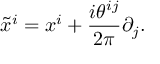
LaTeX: \tilde { x } ^ { i } = x ^ { i } + \frac { i \theta ^ { i j } } { 2 \pi } \partial _ { j } .